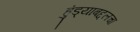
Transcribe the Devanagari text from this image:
हुंड्याबद्दलचा